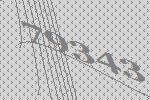
79343